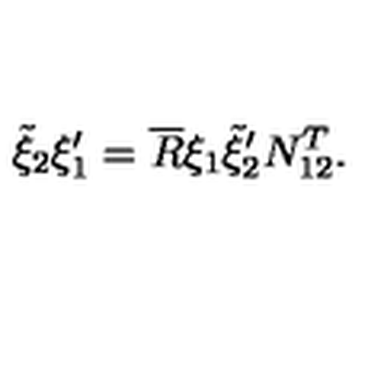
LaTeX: \tilde { \xi } _ { 2 } \xi _ { 1 } ^ { \prime } = \overline { { R } } \xi _ { 1 } \tilde { \xi } _ { 2 } ^ { \prime } N _ { 1 2 } ^ { T } .